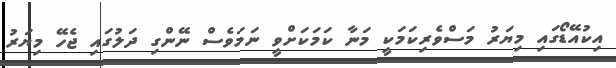
އިކުއޭޑޯގައި މިޔަރު މަސްވެރިކަމަކީ މަނާ ކަމަކަށްވީ ނަމަވެސް ނޭންގި ދަލުގައި ޖެހޭ މިޔަރު